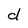
Character: d